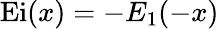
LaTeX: \operatorname{Ei}(x)=-E_{1}(-x)